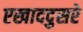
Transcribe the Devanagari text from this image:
एखाददुसरे